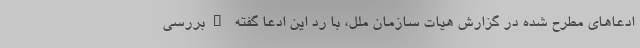
ادعاهای مطرح شده در گزارش هیات سازمان ملل، با رد این ادعا گفته "بررسی